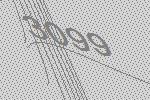
3099